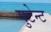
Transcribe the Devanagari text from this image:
मुटेन्ट